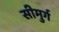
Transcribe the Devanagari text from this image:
सीमुर्ग